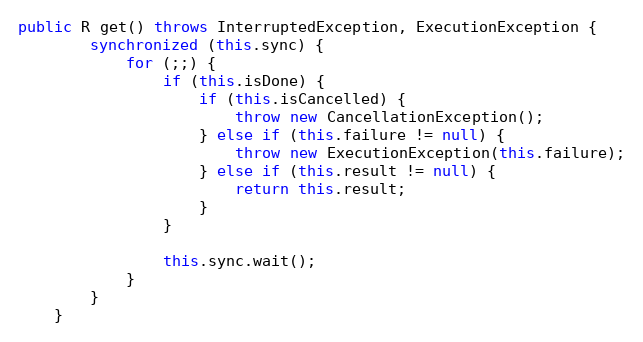
Language: Java
public R get() throws InterruptedException, ExecutionException {
		synchronized (this.sync) {
			for (;;) {
				if (this.isDone) {
					if (this.isCancelled) {
						throw new CancellationException();
					} else if (this.failure != null) {
						throw new ExecutionException(this.failure);
					} else if (this.result != null) {
						return this.result;
					}
				}

				this.sync.wait();
			}
		}
	}